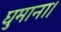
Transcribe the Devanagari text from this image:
घुमाना।